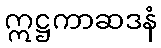
ဣဋ္ဌကာဆဒနံ